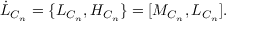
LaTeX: \dot { L } _ { C _ { n } } = \{ L _ { C _ { n } } , H _ { C _ { n } } \} = \lbrack M _ { C _ { n } } , L _ { C _ { n } } \rbrack .